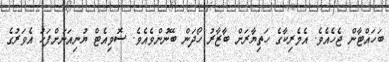
ބަހައްޓާން ޖެހެއެވެ. އެމެރިކާގެ ހަތިޔާރަށް ބާޒާރު ހޯދަން ބޭނުންވެއެވެ. ސޮވިއެޓް ޔުނިއަނަށްފަހު އެވަރުގެ